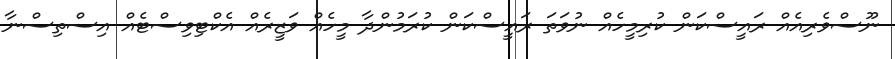
ނޫސްވެރިއެއް ރައީސްކަން ކުރިމީހެއް ނުވަތަ ރައީސްކަން ކުރަމުންދާ މީހެއް ވަޒީރެއް އެކްޓިވިސްޓެއް އިސްތިސްނާ